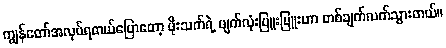
ကျွန်တော်အလုပ်ရတယ်ပြောတော့ ဖိုးသက်ရဲ့ မျက်လုံးပြူးပြူးဟာ တစ်ချက်လက်သွားတယ်။